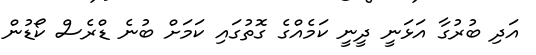
އަދި ބުރުގާ އަޅަނީ ދީނީ ކަމެއްގެ ގޮތުގައި ކަމަށް ބުނެ ޑްރެސް ކޯޑުން